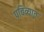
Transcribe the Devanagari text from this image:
पवित्र्यात